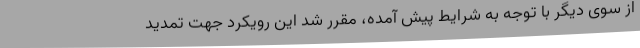
از سوی دیگر با توجه به شرایط پیش آمده، مقرر شد این رویکرد جهت تمدید